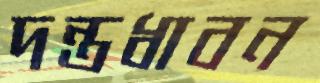
দন্তধাবন